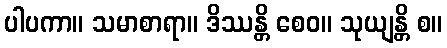
ပါပကာ။ သမာစာရာ။ ဒိဿန္တိ စေဝ။ သုယျန္တိ စ။